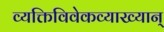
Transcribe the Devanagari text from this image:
व्यक्तिविवेकव्याख्यान्‌